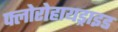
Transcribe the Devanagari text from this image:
फ्लोरोहायड्राइड